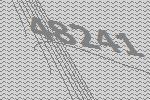
48241